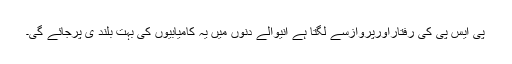
پی ایس پی کی رفتاراورپروازسے لگتا ہے آنیوالے دنوں میں یہ کامیابیوں کی بہت بلند ی پرجائے گی۔